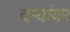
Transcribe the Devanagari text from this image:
दऱ्यांवर